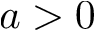
a > 0